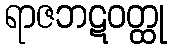
ရာဇဘဋဝတ္ထု